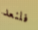
فلنعد